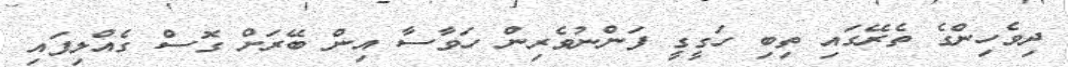
ދިވެހިންގެ ތެރޭގައި ތިބި ހަގީގީ ފަންނުވެރިން ހަވާސާ އިން ބޭރަށް ގޮސް ގެއްލިފައި